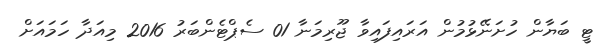
ޓީ ބަޔާން ހުށަނޭޅުމުން އަރައިފައިވާ ޖޫރިމަނާ 01 ސެޕްޓެންބަރު 2016 މިއަދާ ހަމައަށް